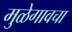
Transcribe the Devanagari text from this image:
मुळेगावचा